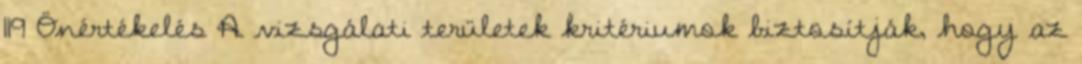
119 Önértékelés A vizsgálati területek kritériumok biztosítják, hogy az